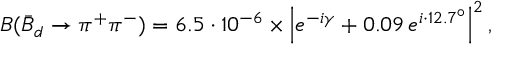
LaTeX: B ( \bar { B } _ { d } \to \pi ^ { + } \pi ^ { - } ) = 6 . 5 \cdot 1 0 ^ { - 6 } \times \left| e ^ { - i \gamma } + 0 . 0 9 \, e ^ { i \cdot 1 2 . 7 ^ { \circ } } \right| ^ { 2 } ,